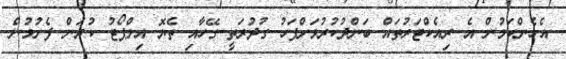
އެހެންކަމުން އެ ރިއެކްޓަރުތައް ބަންދުކުރުމަށްފަހު ގުދުރަތީ ގޭހާއި ތެޔޮ އިމްޕޯޓު ކުރަން ފެށުމުން